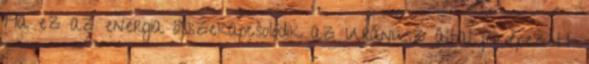
Ha ez az energia összekapcsolódik az Uránusz által jelképezett